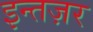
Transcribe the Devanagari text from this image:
इन्तज़र